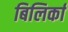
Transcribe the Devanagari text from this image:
बिलिर्का